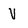
Character: V